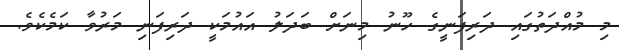
މި މުއްދަތުގައި ދަރިފަނީގެ ހޫނު މިނަށް ބަދަލު އައުމަކީ ދަރިފަނި މަރުވާ ކަމެކެވެ.